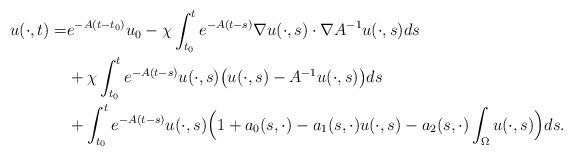
LaTeX: \begin{align*}{u}(\cdot,t)=&e^{-A (t-t_0)}u_0 -\chi\int_{t_0}^t e^{-A(t-s)} \nabla u(\cdot,s) \cdot \nabla A^{-1}u(\cdot,s)ds\\ &+\chi\int_{t_0}^t e^{-A(t-s)}u(\cdot,s)\big(u(\cdot,s)-A^{-1}u(\cdot,s)\big)ds\\&+\int_{t_0}^t e^{-A(t-s)}u(\cdot,s)\Big(1+ a_0(s,\cdot)-a_1(s,\cdot)u(\cdot,s)-a_2(s,\cdot)\int_{\Omega}u(\cdot,s)\Big)ds.\end{align*}